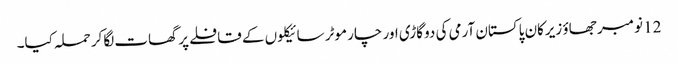
12 نومبر جھاؤ زیرکان پاکستان آرمی کی دو گاڑی اور چار موٹر سائیکلوں کے قافلے پر گھات لگاکر حملہ کیا۔